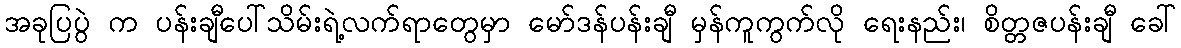
အခုပြပွဲ က ပန်းချီပေါ်သိမ်းရဲ့လက်ရာတွေမှာ မော်ဒန်ပန်းချီ မှန်ကူကွက်လို ရေးနည်း၊ စိတ္တဇပန်းချီ ခေါ်